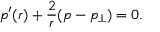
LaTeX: p ^ { \prime } ( r ) + \frac { 2 } { r } ( p - p _ { \perp } ) = 0 .